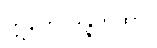
ဣတောဒိန္နကထာ။